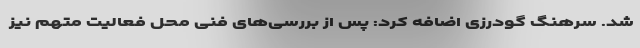
شد. سرهنگ گودرزی اضافه کرد: پس از بررسی‌های فنی محل فعالیت متهم نیز